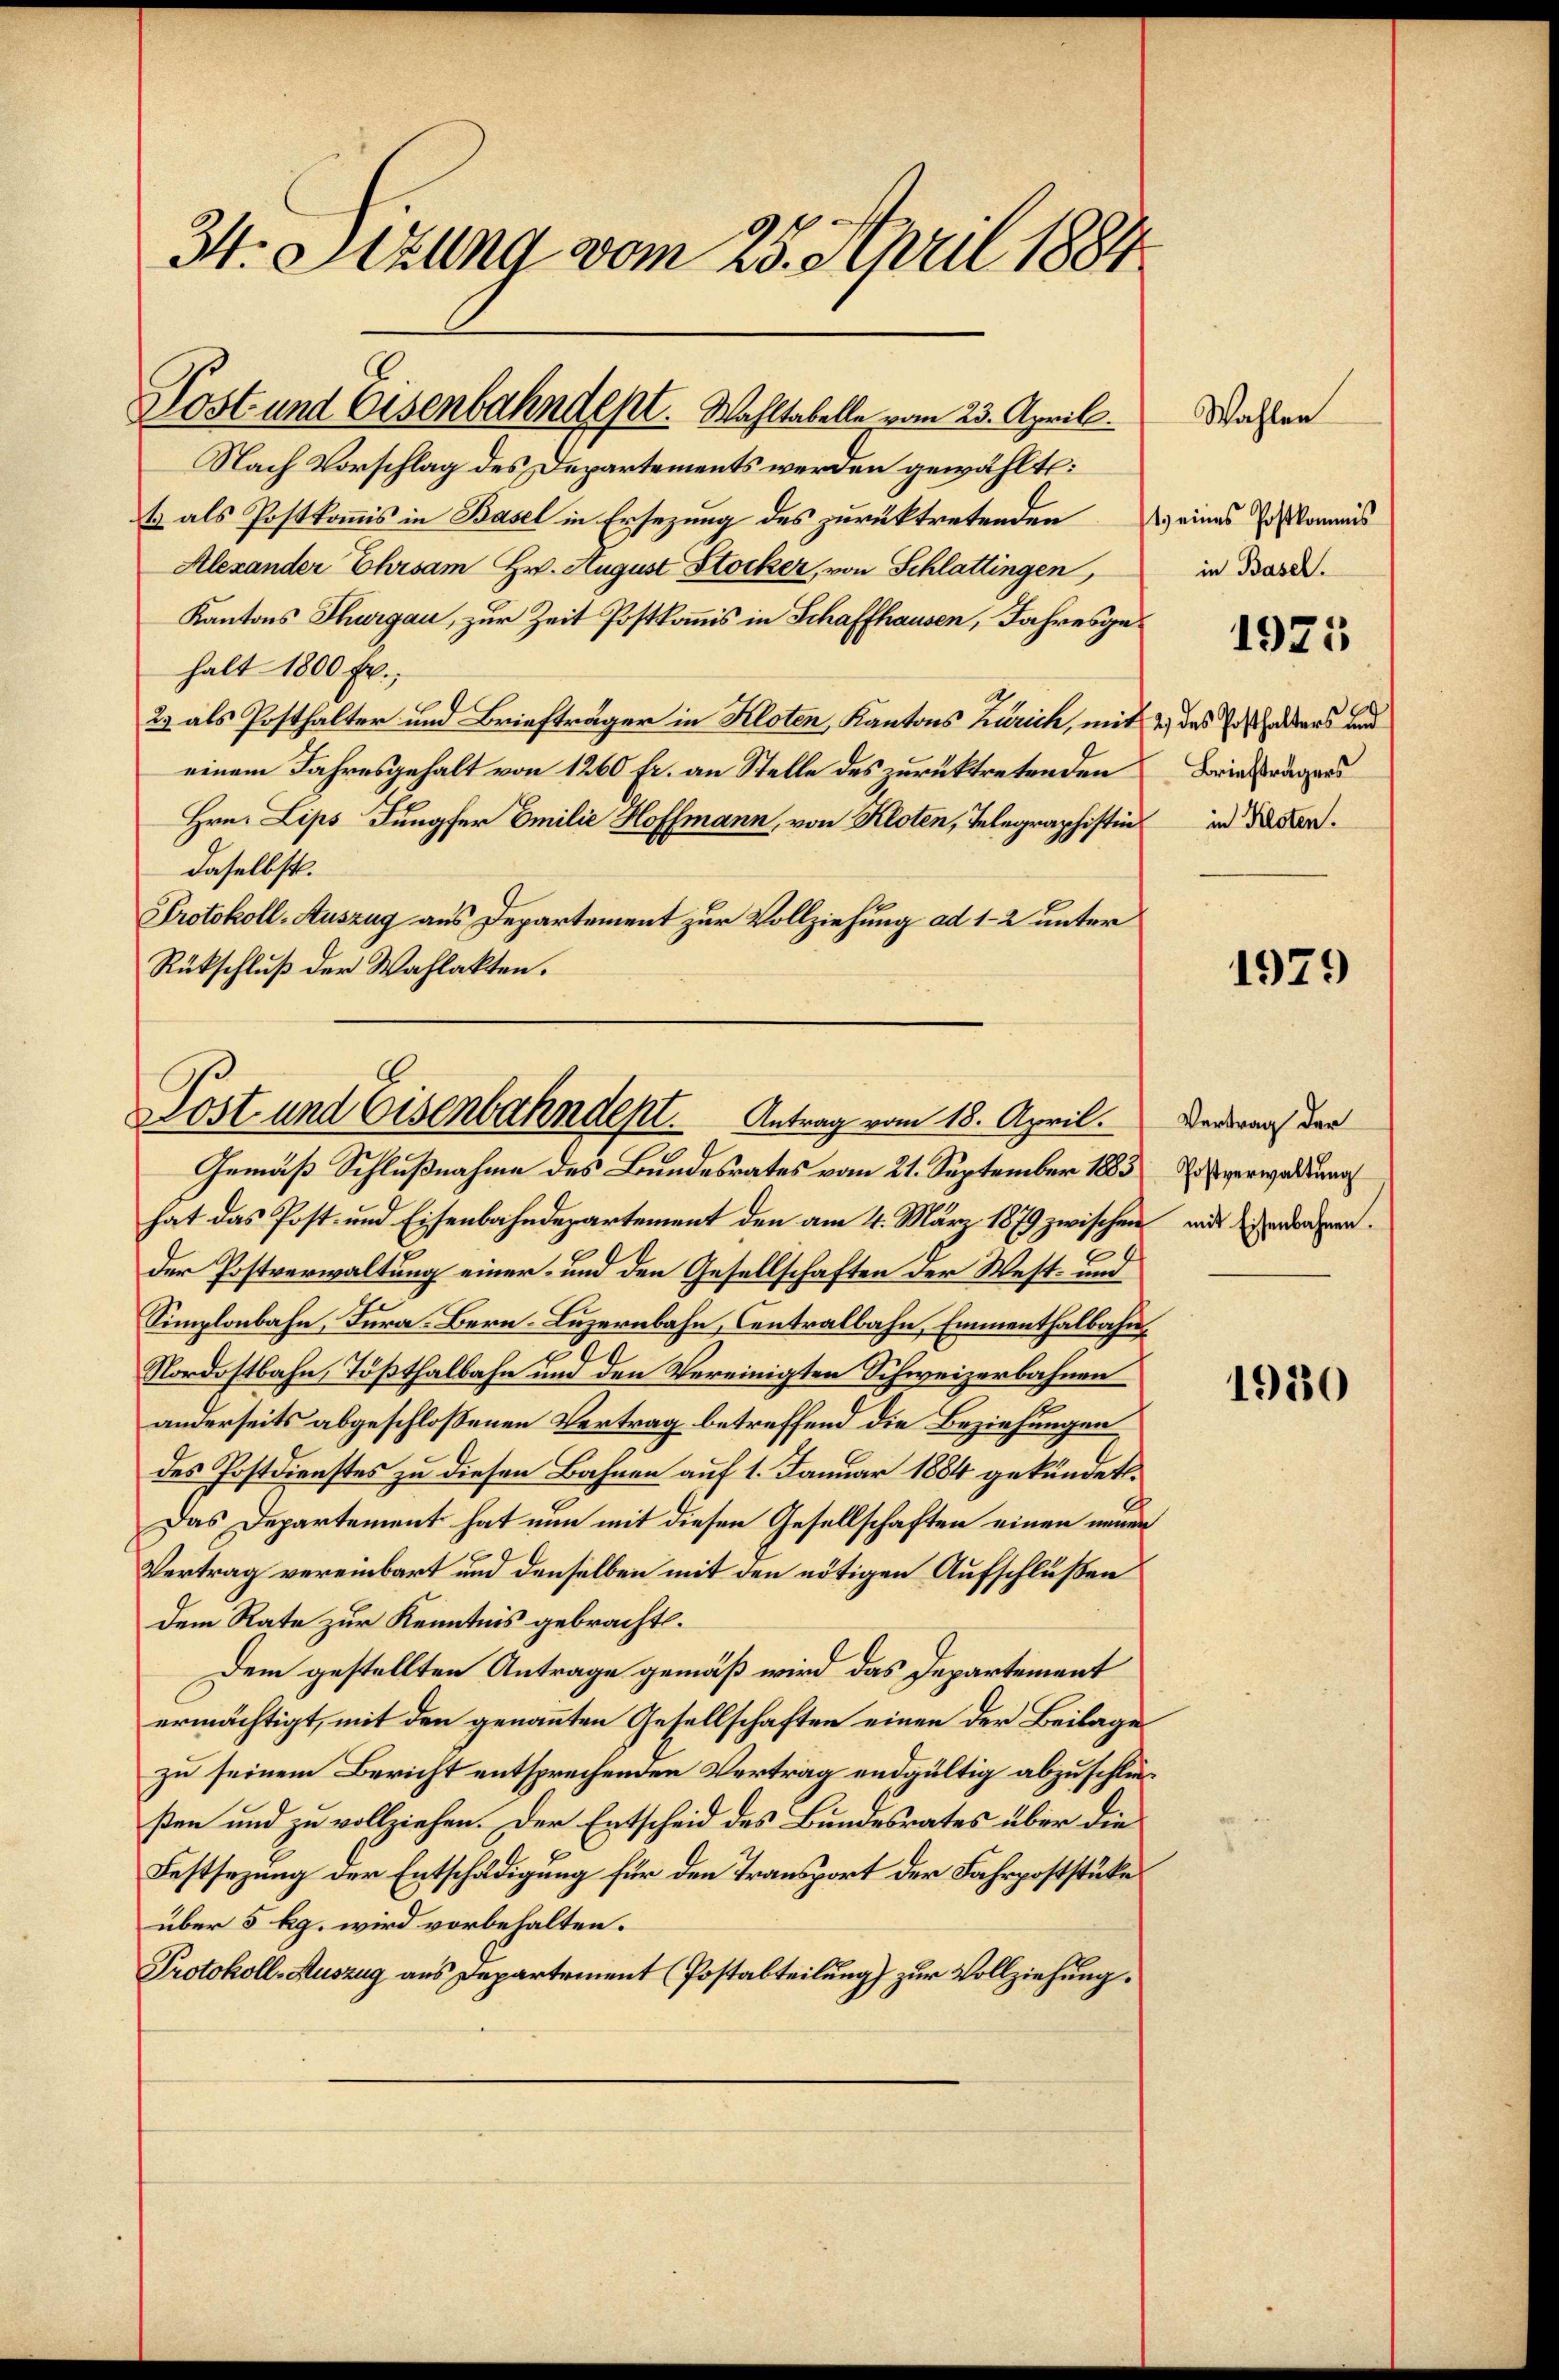
H. Stzung vom 25. April 1884

Post und Eisenbahndept. Wahltabelle vom 23. April.

Nach Vorschlag des Departements werden gewählt:
t als Postkomis in Basel in Ersezung des zurücktretenden Weines Joskommis
Alexander Ehrsam Hr. August Stocker, von Schlattingen,
Kantons Thurgau, zur Zeit Postkommis in Schaffhausen, Jahresgehalt 1800 Fr.;
2) als Posthalter und Briefträger in Kloten, Kantons Zürich, mit 2, das Vorhanders und
einem Jahresgehalt von 1260 fr. an Stelle des zurücktretenden
Hrn. Lips Jungfer Emilie Hoffmann, von Kloten, Telegraphistin in der
daselbst.
PProtokoll-Auszug aus Departement zur Vollziehung ad 1-2 unter
Rückschluß der Wahlakten.

Gemäß Schlußnahme des Bundesrates vom 21. September 1883 Diverwaltung
hat das Post- und Eisenbahndepartement den am 4. März 1879 zwischen mit desserdragen.
der Postverwaltung einer- und den Gesellschaften der West- und
Simplonbahn, Jura. Bern-Luzernbahn, Centralbahn, Emmenthalbahn
Nordostbahn, Tößthalbahn und den Vereinigten Schweizerbahnen
anderseits abgeschlossenen Vertrag betreffend die Beziehungen
des Postdienstes zu diesen Bahnen auf 1. Januar 1884 gekündet.
Das Departement hat nun mit diesen Gesellschaften einen neuen
Vertrag vereinbart und denselben mit den nötigen Aufschlußen
dem Rate zur Kenntnis gebracht.
Dem gestellten Antrage gemäß wird das Departement
ermächtigt, mit den genannten Gesellschaften einen der Beilage
zu seinem Bericht entsprechenden Vertrag endgültig abzuschließen und zu vollziehen. Der Entscheid des Bundesrates über die
Festsezung der Entschädigung für den Transport der Fahrpoststücke
über 5 kg. wird vorbehalten.
Protokoll-Auszug aus Departement (Postabteilung zur Vollziehung.

Post und Eisenbahndept. Antrag vom 18. April.

in Basel.

Wahlen

1925

Briefträgers

1979

Vertrag der

1980